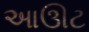
આઊટ